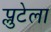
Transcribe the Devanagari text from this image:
प्लुटेला